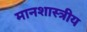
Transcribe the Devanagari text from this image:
मानशास्त्रीय